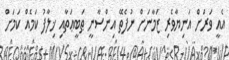
އެއީ ވަރަށް އަނިޔާވެރި ޒަމާނަށް ނުފެތޭ އިންސާނީ ޠަބީޢަތާއި ޚިލާފު ކަމެއް ކަމަށް